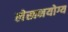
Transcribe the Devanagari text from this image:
लेखनयोग्य